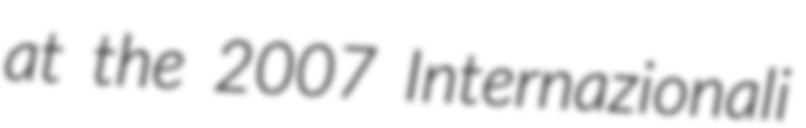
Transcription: at the 2007 Internazionali